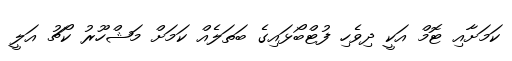
ކަމަށާއި ޓޮމް އަކީ ދިވެހި ފުޓްބޯޅައިގެ ބަތަލެއް ކަމަށް މަޝްހޫރު ކޯޗު އަލީ